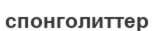
спонголиттер